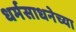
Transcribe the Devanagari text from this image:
धर्मसाधनेच्या